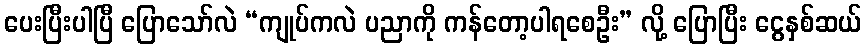
ပေးပြီးပါပြီ ပြောသော်လဲ “ကျုပ်ကလဲ ပညာကို ကန်တော့ပါရစေဦး” လို့ ပြောပြီး ငွေနှစ်ဆယ်